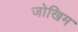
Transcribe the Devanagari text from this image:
जोखिम